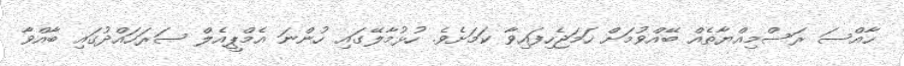
ހާއްސަ ރަސްމިއްޔާތެއް ބޭއްވުމަށް ހަމަޖެހިފައިވާ ކަމަށެވެ. ހުޅުމާލޭގައި ހުންނަ އެމްޕީއެލް ސަރަހައްދުގައި ބާއްވާ